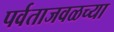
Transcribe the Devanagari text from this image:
पर्वताजवळच्या